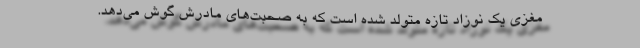
مغزی یک نوزاد تازه متولد شده است که به صحبت‌های مادرش گوش می‌دهد.